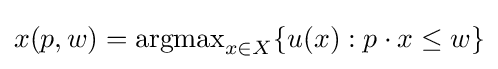
x(p,w)=\operatorname {argmax} _{x\in X}\{u(x):p\cdot x\leq w\}